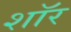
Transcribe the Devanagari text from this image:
शाॅर